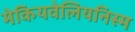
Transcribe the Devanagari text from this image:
मेकियवेलियनिस्म